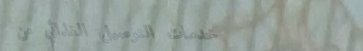
خدمات التوصيل الغذائي من